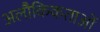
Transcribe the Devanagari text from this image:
अलौकिकताओं